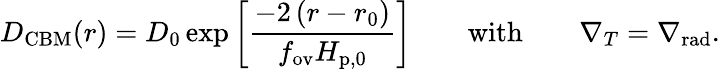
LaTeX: D_{\mathrm{CBM}}(r)=D_{0}\exp\left[\frac{-2\left(r-r_{0}\right)}{f_{\mathrm{ov}}H_{\mathrm{p,0}}}\right]\qquad\mathrm{with}\qquad\nabla_{T}=\nabla_{\mathrm{rad}}.